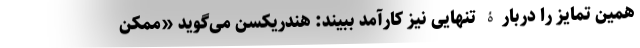
همین تمایز را دربارۀ تنهایی نیز کارآمد ببیند: هندریکسن می‌گوید «ممکن